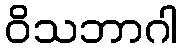
ဝိသဘာဂါ